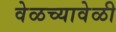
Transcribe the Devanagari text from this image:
वेळच्यावेळी